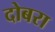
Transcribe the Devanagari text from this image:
दोबरा